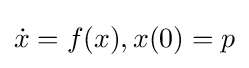
{\dot {x}}=f(x),x(0)=p